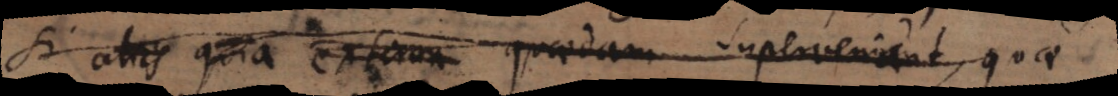
si aliis quia externa quaedam superveniant, quae